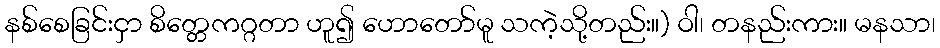
နစ်စေခြင်းငှာ စိတ္တေကဂ္ဂတာ ဟူ၍ ဟောတော်မူ သကဲ့သို့တည်း။) ဝါ၊ တနည်းကား။ မနသာ၊